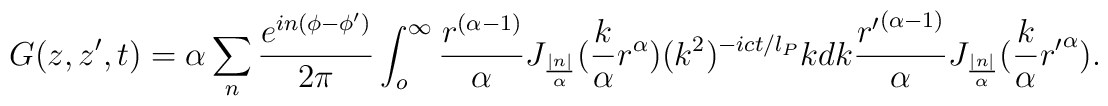
G(z,z',t) = \alpha \sum_n \frac{e^{in(\phi-\phi')}}{2\pi}\int_o^\infty \frac{r^{(\alpha-1)}}{\alpha} J_\frac{|n|}{\alpha}(\frac{k}{\alpha}r^\alpha)(k^2)^{-i c t/l_P} k dk \frac{{r'}^{(\alpha-1)}}{\alpha}J_\frac{|n|}{\alpha}(\frac{k}{\alpha}{r'}^\alpha).